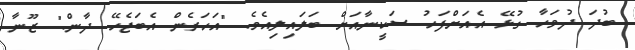
ބުދަ ދުވަހާ ގުޅޭ އެއަށްފަހު ސަކީނާއަށް ބަލައިލިއެވެ. "އަހަރެން އެބަޖެހޭ ދާން." ޒޫނާ